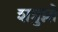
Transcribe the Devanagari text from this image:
शत्रुघ्नो